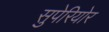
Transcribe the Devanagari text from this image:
सुपेरियोर